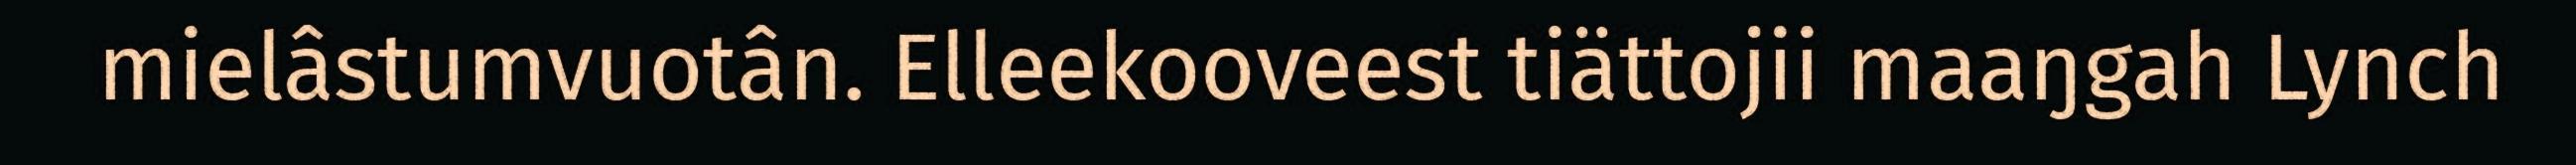
mielâstumvuotân. Elleekooveest tiättojii maaŋgah Lynch